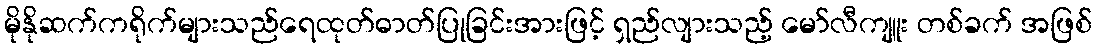
မိုနိုဆက်ကရိုက်များသည်ရေထုတ်ဓာတ်ပြုခြင်းအားဖြင့် ရှည်လျားသည့် မော်လီကျူး တစ်ခက် အဖြစ်